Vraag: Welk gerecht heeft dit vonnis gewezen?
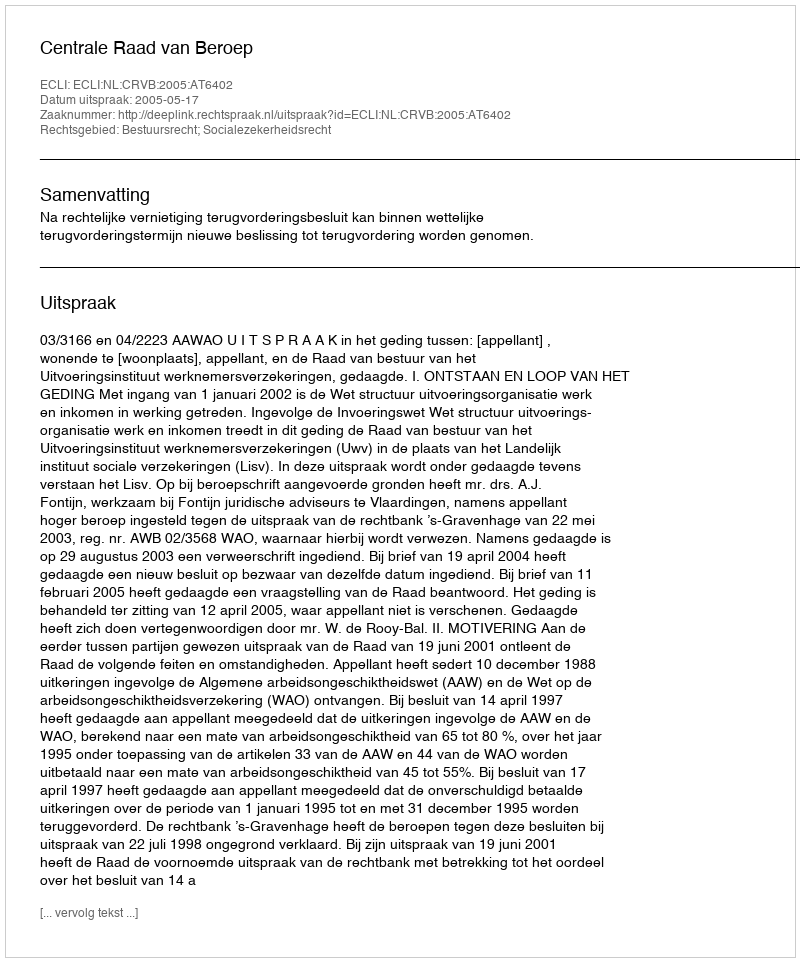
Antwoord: Centrale Raad van Beroep